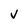
Character: V